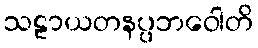
သဠာယတနပ္ပဘဝေါတိ